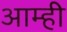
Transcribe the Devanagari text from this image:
आम्‍ही